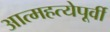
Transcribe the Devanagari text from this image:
आत्महत्येपूर्वी